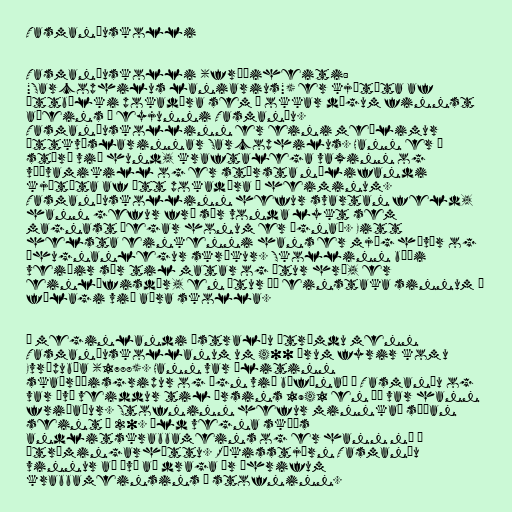
Tasmaníuskolli

Tasmaníuskolli (fræðiheiti:
"Sarcophilus laniarius") er kjötæta af
ættbálki pokadýra sem á okkar dögum finnst
aðeins á eyjunni Tasmaníu.
Tasmaníuskollinn er eini meðlimur
ættkvíslarinnar Sarcophilus. Hann er á
stærð við hund, kraftalega vaxinn og
vöðvamikill og er stærsta núlifandi
kjötæta af ætt pokadýra í heiminum.
Tasmaníuskollinn hefur svartan feld,
hann gefur frá sér vonda lykt sem
magnast þegar honum er ógnað. Eitt
helsta einkenni hans er mjög hávær og
óhugnanlegur skrækur. Skollinn bæði
veiðir sér til matar og étur hræ, er
einlífisdýr, en étur þó einstaka sinnum í
félagi við aðra skolla.

Á meginlandi Ástralíu útrýmdu menn
Tasmaníuskollanum um 400 árum fyrir komu
Evrópubúa (1788). Hann var álitinn
skaðræðisgripur og ógn við búfénað á Tasmaníu og
var því veiddur til ársins 1941 en þá var hann
friðaður. Stofninn hefur minnkað síðan
seint á 20. öld vegna skæðs
andlitskrabbameins og er hann nú í
útrýmingarhættu. Ríkisstjórn Tasmaníu
vinnur að því að draga úr áhrifum
krabbameinsins á stofninn.